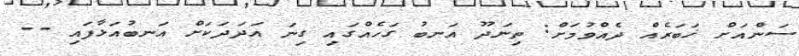
ސަންއަށް ޚަބަރެއް ދެއްވުމަށް: ތިނަދޫ އަނބު ގަހެއްގައި ގިނަ އަދަދަކަށް އަނބުއަޅާފައި --